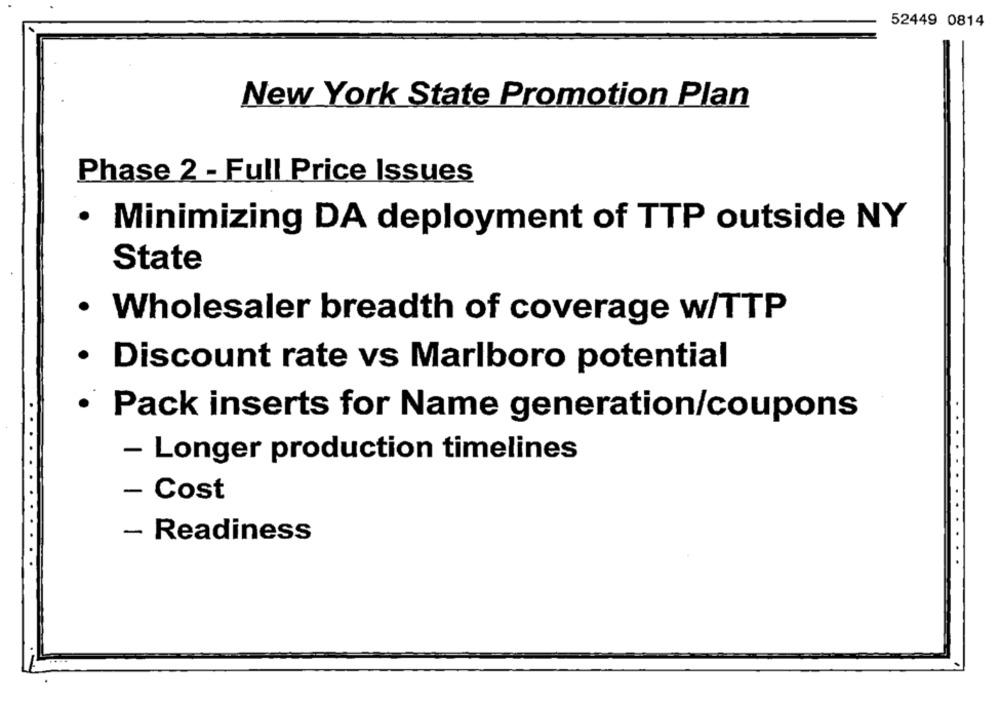
52449 0814
New York State Promotion Plan
Phase 2 - Full Price Issues
· Minimizing DA deployment of TTP outside NY
State
· Wholesaler breadth of coverage w/TTP
· Discount rate vs Marlboro potential
· Pack inserts for Name generation/coupons
- Longer production timelines
- Cost
- Readiness